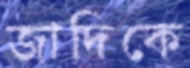
জাদিকে